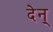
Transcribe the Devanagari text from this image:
देन्